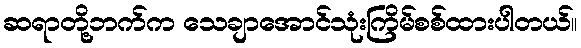
ဆရာတို့ဘက်က သေချာအောင်သုံးကြိမ်စစ်ထားပါတယ်။